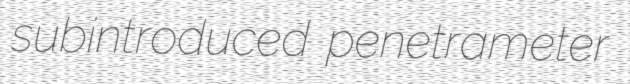
subintroduced penetrameter